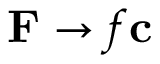
\mathbf { F } \rightarrow f \mathbf { c }